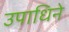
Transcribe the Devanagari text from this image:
उपाधिने